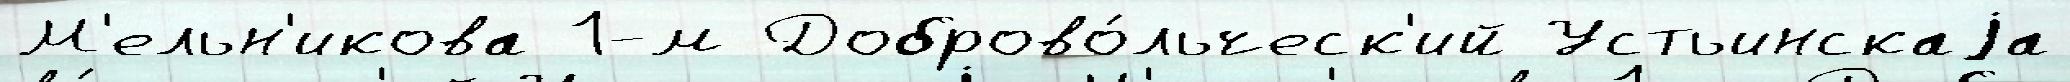
М'ельн'икова 1-м Доброво́льческ'ий Устьинскаjа